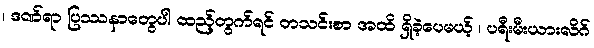
၊ ဒဏ်ရာ ပြဿနာတွေပါ ထည့်တွက်ရင် တသင်းစာ အထိ ရှိခဲ့ပေမယ့် ၊ ပရီးမီးယားလိဂ်